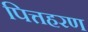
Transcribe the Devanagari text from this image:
पित्तहरण